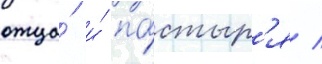
отца́ и́ па́стыр'я /